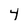
Character: 4